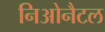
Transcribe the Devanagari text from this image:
निओनैटल